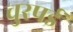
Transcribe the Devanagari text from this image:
चुरपई